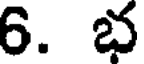
6. భ